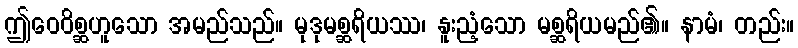
ဤဝေဝိစ္ဆဟူသော အမည်သည်။ မုဒုမစ္ဆရိယဿ၊ နူးညံ့သော မစ္ဆရိယမည်၏။ နာမံ၊ တည်း။